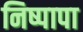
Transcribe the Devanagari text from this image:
निष्पापा